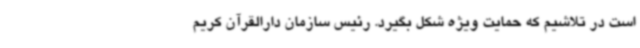
است در تلاشیم که حمایت ویژه شکل بگیرد. رئیس سازمان دارالقرآن کریم